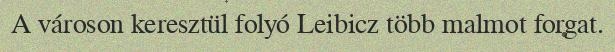
A városon keresztül folyó Leibicz több malmot forgat.